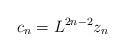
LaTeX: \begin{align*}c_n=L^{2n-2}z_n\end{align*}